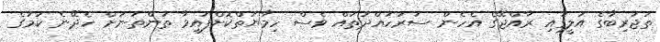
ތަޖުރިބާގެ އަލީގައި ރާއްޖޭގެ އެހެން ސަރަހައްދުތައް ވެސް ހިމާޔަތްކޮށްފައިވާ ތަންތަނަށް ހެދޭނެ ކަމުގެ